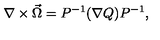
\nabla \times \vec { \Omega } = P ^ { - 1 } ( \nabla Q ) P ^ { - 1 } ,